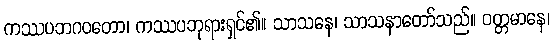
ကဿပဘဂဝတော၊ ကဿပဘုရားရှင်၏။ သာသနေ၊ သာသနာတော်သည်။ ဝတ္တမာနေ၊